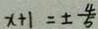
x + 1 = \pm \frac { 4 } { 5 }